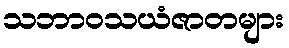
သဘာဝသယံဇာတများ